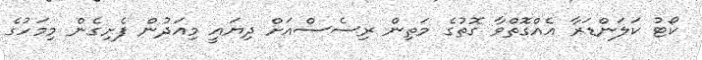
ކޯޓު ކަލަންޑަރާ އެއްގޮތްވާ ގޮތުގެ މަތިން ރިސެސްއަށް ދިޔައީ މިއަދުން ފެށިގެން މިމަހުގެ